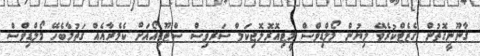
ޤާނޫނީގޮތުން ގެޒެޓްކުރެވޭ ލިޔުން މޯލްޑިވްސް މީޓިއޮރޮލޮޖިކަލް ސަރވިސް ސްޓޫޑިއޯއަށް ކެމެރާއެއް ގަތުމާބެހޭ މޯލްޑިވްސް